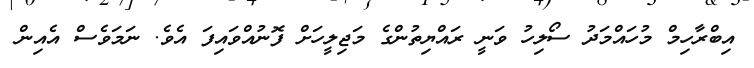
އިބްރާހިމް މުހައްމަދު ސޯލިހު ވަނީ ރައްޔިތުންގެ މަޖިލީހަށް ފޮނުއްވައިފަ އެވެ. ނަމަވެސް އެއިން